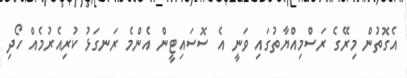
އެގޮތުން މިރޭގެ ރަސްމިއްޔާތުގައި ވަނީ އެ ސޮސައިޓީން އެންމެ ރަނގަޅު ކުރިއެރުމެއް ހޯދި